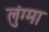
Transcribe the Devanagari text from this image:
लुंग्मा